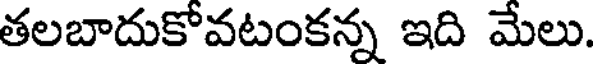
తలబాదుకోవటంకన్న ఇది మేలు.